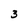
Character: 3